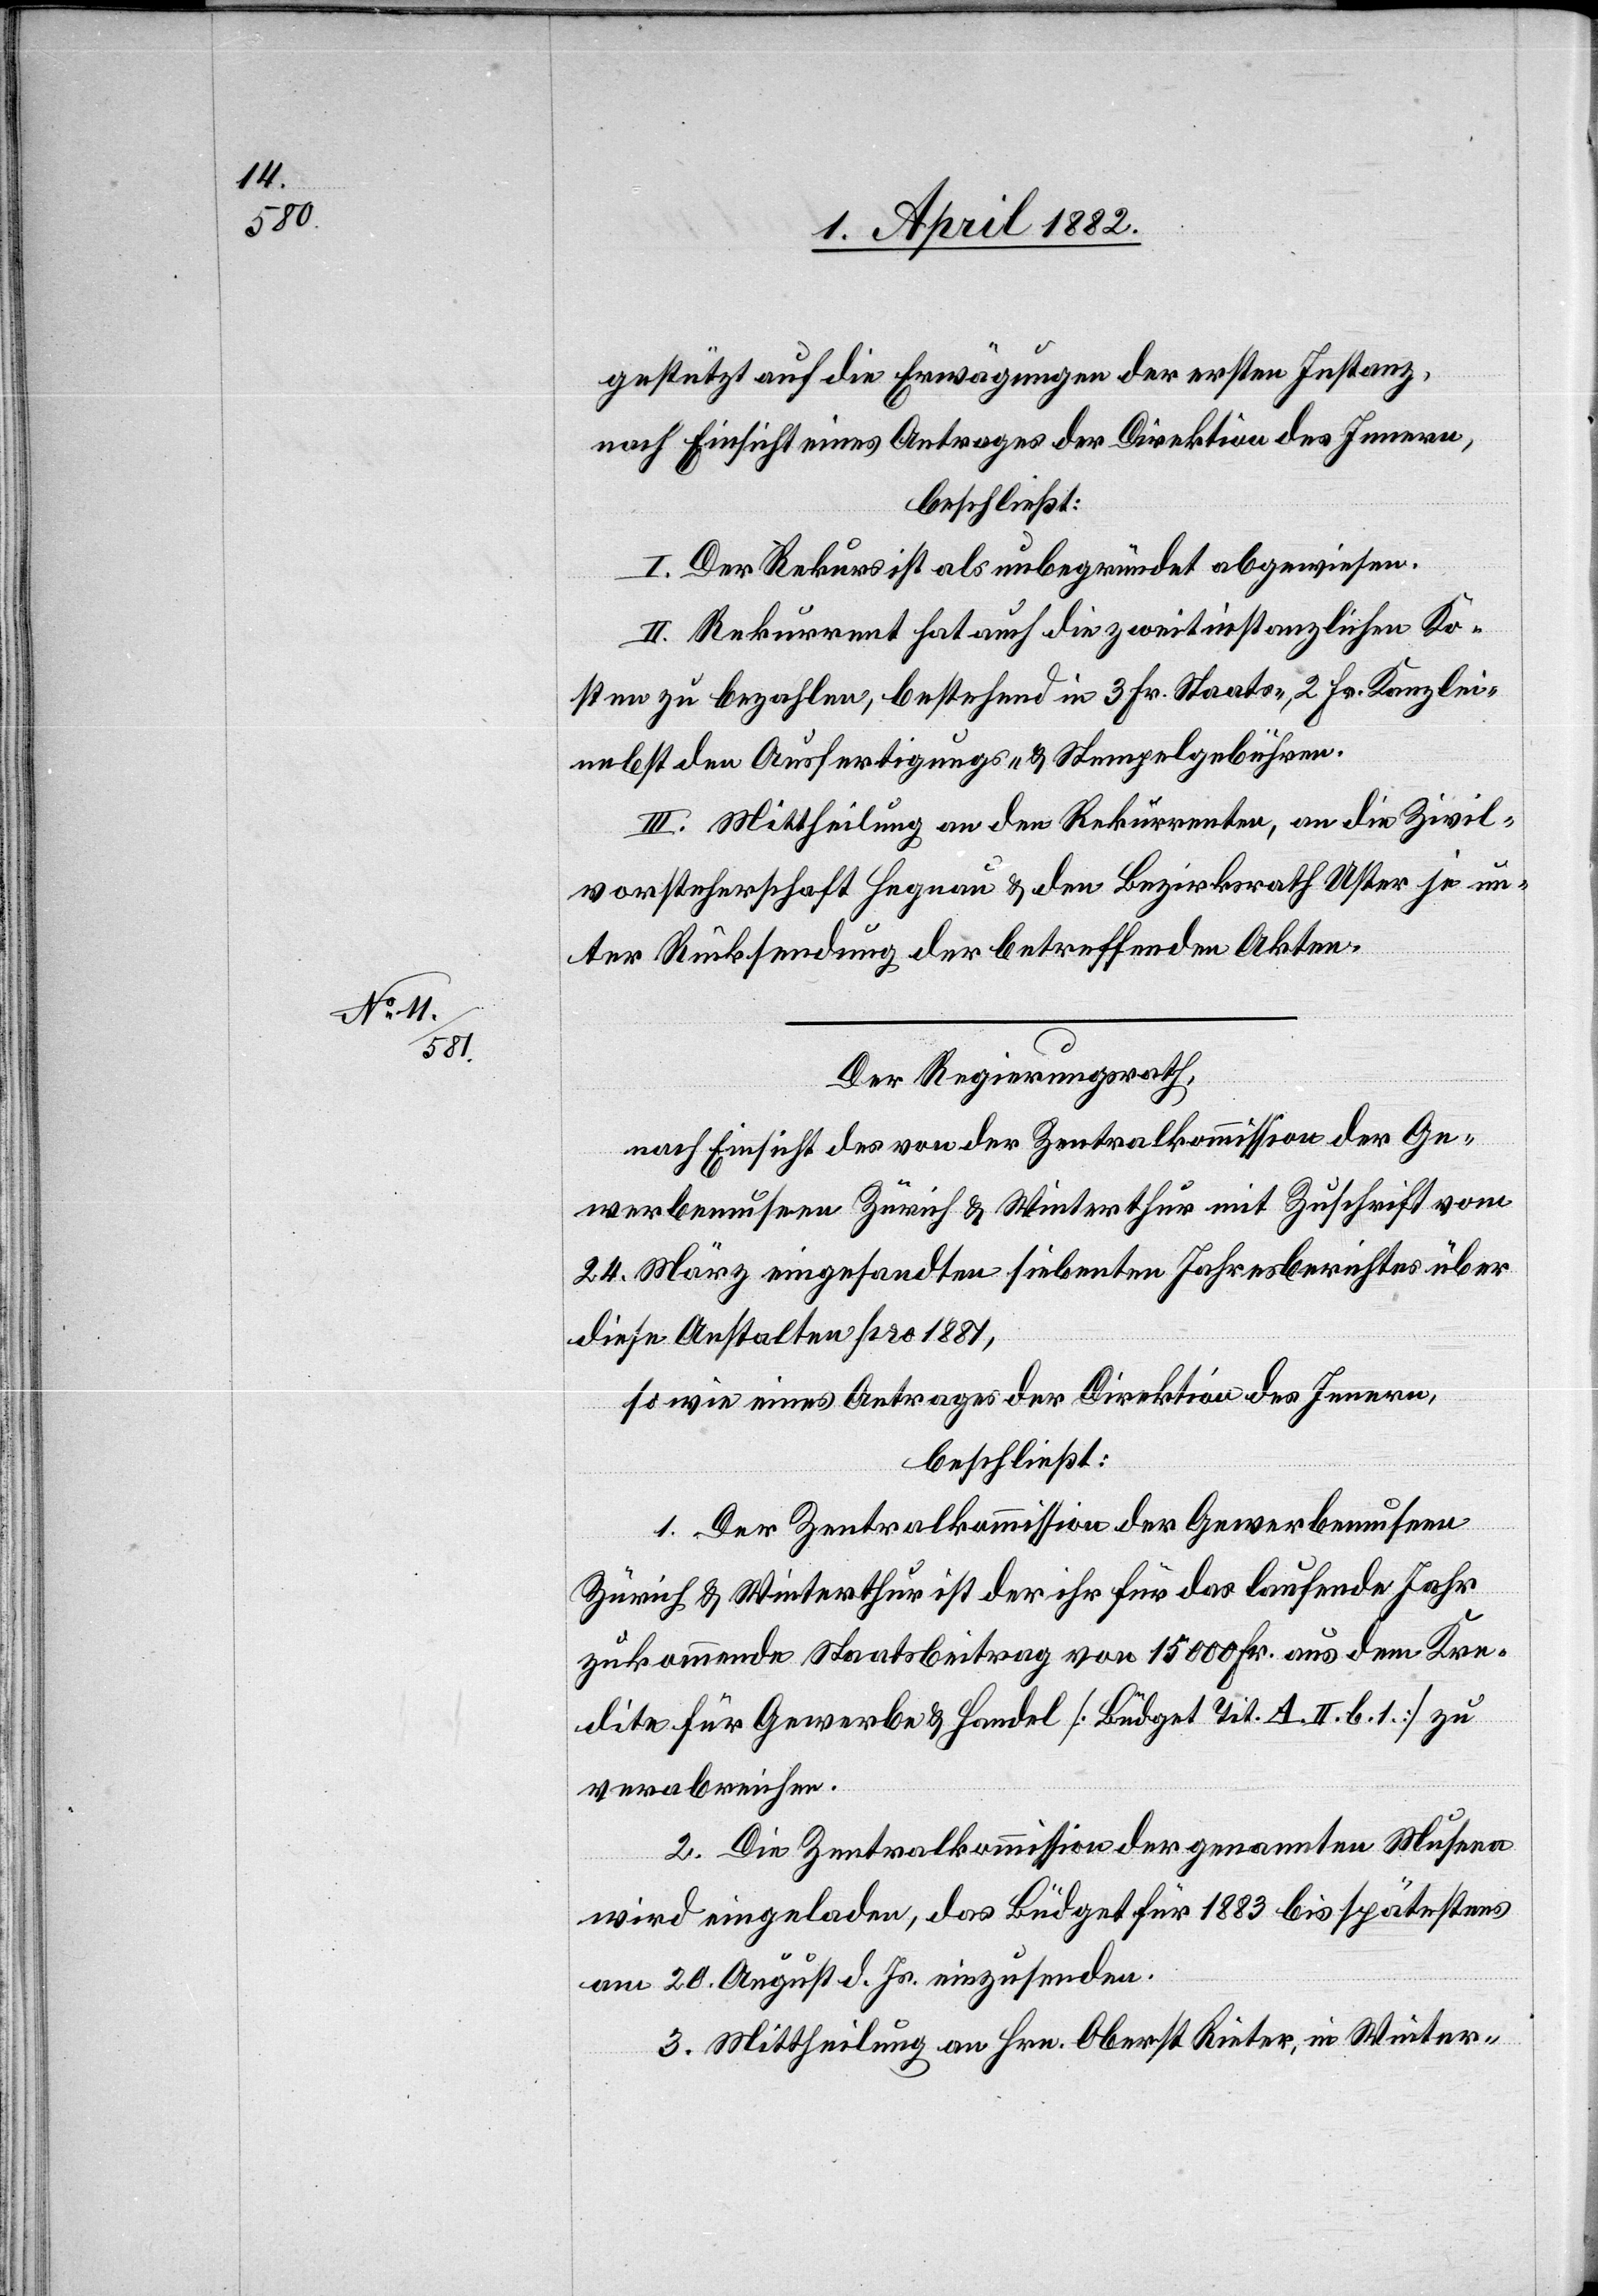
gestützt auf die Erwägungen der ersten Instanz,
nach Einsicht eines Antrages der Direktion des Innern,
beschließt:
I. Der Rekurs ist als unbegründet abgewiesen.
II. Rekurrent hat auch die zweitinstanzlichen Ko¬
sten zu bezahlen, bestehend in 3 Fr. Staats-, 2 Fr. Kanzlei-[,]
nebst den Ausfertigungs- & Stempelgebühren.
III. Mittheilung an den Rekurrenten, an die Zivil¬
vorsteherschaft Hegnau & den Bezirksrath Uster je un¬
ter Rücksendung der betreffenden Akten.
Der Regierungsrath,
nach Einsicht des von der Zentralkommission der Ge¬
werbemuseen Zürich & Winterthur mit Zuschrift vom
24. März eingesandten siebenten Jahresberichtes über
diese Anstalten pro 1881,
sowie eines Antrages der Direktion des Innern,
beschließt:
1. Der Zentralkommission der Gewerbemuseen
Zürich & Winterthur ist der ihr für das laufende Jahr
zukommende Staatsbeitrag von 15 000 Fr. aus dem Kre¬
dite für Gewerbe & Handel [Büdget Tit. A. II. b. 1.] zu
verabreichen.
2. Die Zentralkommission der genannten Museen
wird eingeladen, das Büdget für 1883 bis spätestens
am 20. August d. Js. einzusenden.
3. Mittheilung an Hrn. Oberst Rieter, in Winter-